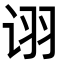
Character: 诩